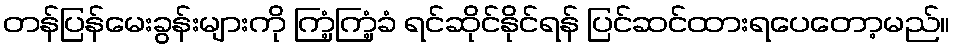
တန်ပြန်မေးခွန်းများကို ကြံ့ကြံ့ခံ ရင်ဆိုင်နိုင်ရန် ပြင်ဆင်ထားရပေတော့မည်။